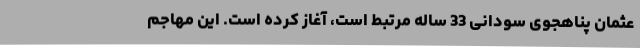
عثمان پناهجوی سودانی 33 ساله مرتبط است، آغاز کرده است. این مهاجم